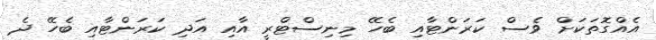
އެއްގޮތަކަށް ވެސް ކަރަންޓާއި ބެހޭ މިނިސްޓްރީ އާއި އަދި ކަރަންޓާއި ބެހޭ ދެ